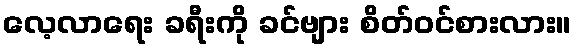
လေ့လာရေး ခရီးကို ခင်ဗျား စိတ်ဝင်စားလား။